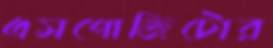
এসপোজিটোর